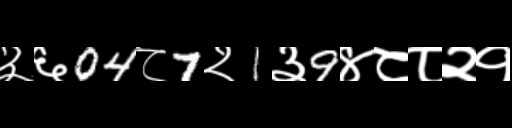
Text: ३६04८7२1३9४८८२१